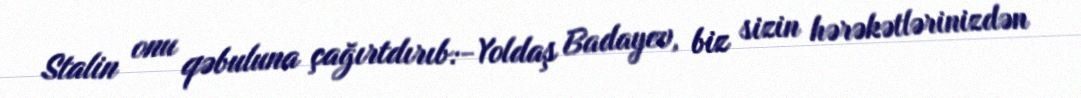
Stalin onu qəbuluna çağırtdırıb:-Yoldaş Badayev, biz sizin hərəkətlərinizdən